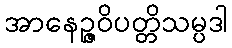
အာနေဉ္ဇဝိပတ္တိသမ္ပဒါ